Lunatic asylums Burma 1907-21 - 1907-1921
Year: 1907
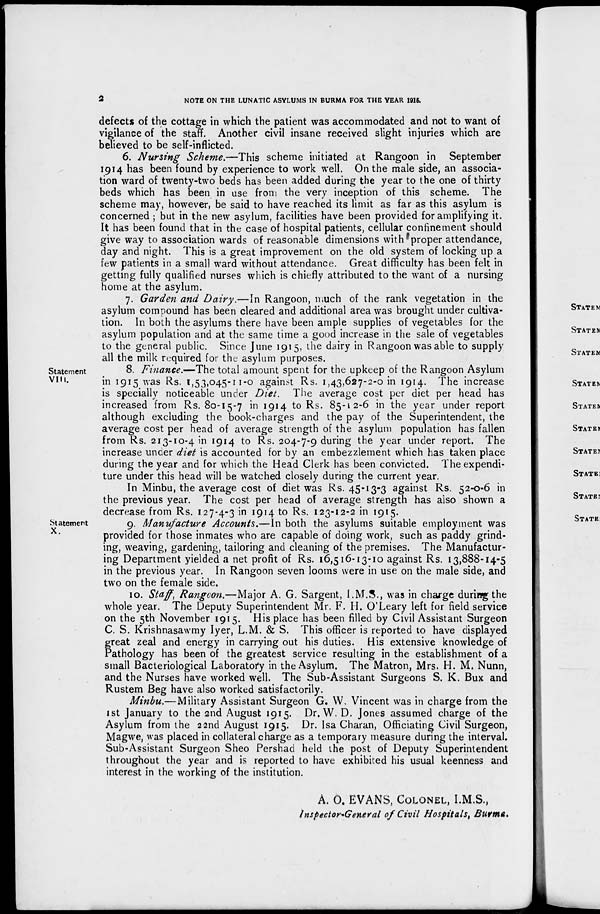
2
NOTE ON THE LUNATIC ASYLUMS IN BURMA FOR THE YEAR 1915.
defects of the cottage in which the patient was accommodated and not to want of
vigilance of the staff. Another civil insane received slight injuries which are
believed to be self-inflicted.
6. Nursing Scheme.—This scheme initiated at Rangoon in September
1914 has been found by experience to work well. On the male side, an associa-
tion ward of twenty-two beds has been added during the year to the one of thirty
beds which has been in use from the very inception of this scheme. The
scheme may, however, be said to have reached its limit as far as this asylum is
concerned ; but in the new asylum, facilities have been provided for amplifying it.
It has been found that in the case of hospital patients, cellular confinement should
give way to association wards of reasonable dimensions with proper attendance,
day and night. This is a great improvement on the old system of locking up a
few patients in a small ward without attendance. Great difficulty has been felt in
getting fully qualified nurses which is chiefly attributed to the want of a nursing
home at the asylum.
7. Garden and Dairy.—In Rangoon, much of the rank vegetation in the
asylum compound has been cleared and additional area was brought under cultiva-
tion. In both the asylums there have been ample supplies of vegetables for the
asylum population and at the same time a good increase in the sale of vegetables
to the general public. Since June 1915, the dairy in Rangoon was able to supply
all the milk required for the asylum purposes.
Statement
VIII.
8. Finance.—The total amount spent for the upkeep of the Rangoon Asylum
in 1915 was Rs. 1,53,045-11-0 against Rs. 1,43,627-2-0 in 1914. The increase
is specially noticeable under Diet. The average cost per diet per head has
increased from Rs. 80-15-7 in 1914 to Rs. 85-12-6 in the year under report
although excluding the book-charges and the pay of the Superintendent, the
average cost per head of average strength of the asylum population has fallen
from Rs. 213-10-4 in 1914 to Rs. 204-7-9 during the year under report. The
increase under diet is accounted for by an embezzlement which has taken place
during the year and for which the Head Clerk has been convicted. The expendi-
ture under this head will be watched closely during the current year.
In Minbu, the average cost of diet was Rs. 45-13-3 against Rs. 52-0-6 in
the previous year. The cost per head of average strength has also shown a
decrease from Rs. 127-4-3 in 1914 to Rs. 123-12-2 in 1915.
Statement
X.
9. Manufacture Accounts.—In both the asylums suitable employment was
provided for those inmates who are capable of doing work, such as paddy grind-
ing, weaving, gardening, tailoring and cleaning of the premises. The Manufactur-
ing Department yielded a net profit of Rs. 16,516-13-10 against Rs. 13,888-14-5
in the previous year. In Rangoon seven looms were in use on the male side, and
two on the female side.
10. Staff, Rangoon.—Major A. G. Sargent, I.M.S., was in charge during the
whole year. The Deputy Superintendent Mr. F. H. O'Leary left for field service
on the 5th November 1915. His place has been filled by Civil Assistant Surgeon
C. S. Krishnasawmy Iyer, L.M. & S. This officer is reported to have displayed
great zeal and energy in carrying out his duties. His extensive knowledge of
Pathology has been of the greatest service resulting in the establishment of a
small Bacteriological Laboratory in the Asylum. The Matron, Mrs. H. M. Nunn,
and the Nurses have worked well. The Sub-Assistant Surgeons S. K. Bux and
Rustem Beg have also worked satisfactorily.
Minbu.—Military Assistant Surgeon G. W. Vincent was in charge from the
1st January to the 2nd August 1915. Dr. W. D. Jones assumed charge of the
Asylum from the 22nd August 1915. Dr. Isa Charan, Officiating Civil Surgeon,
Magwe, was placed in collateral charge as a temporary measure during the interval.
Sub-Assistant Surgeon Sheo Pershad held the post of Deputy Superintendent
throughout the year and is reported to have exhibited his usual keenness and
interest in the working of the institution.
A. O. EVANS, COLONEL, I.M.S.,
Inspector-General of Civil Hospitals, Burma.